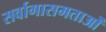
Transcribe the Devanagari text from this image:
सर्वागासमताओं